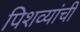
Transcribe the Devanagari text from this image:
पिशव्यांची